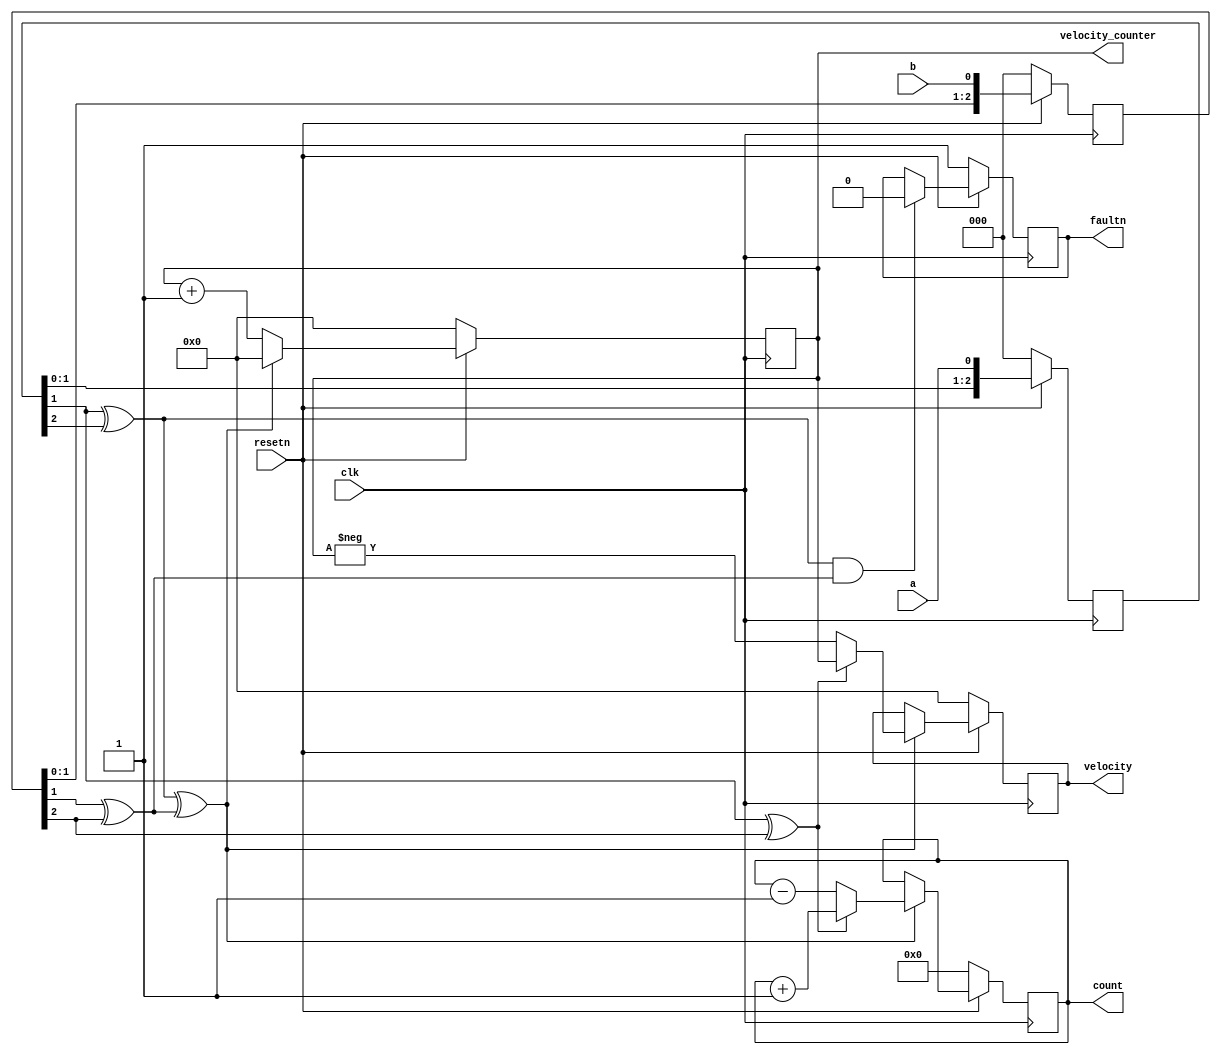
module quad_enc #(
    parameter encbits = 64,
    parameter enable_velocity = 1,
    parameter velocity_bits = 32
  )(
  input wire resetn,
  input wire  clk,
  input wire  a,
  input wire  b,
  output reg faultn,
  output reg signed [encbits-1:0] count,
  output reg signed [velocity_bits-1:0] velocity,
  output reg signed [velocity_bits-1:0] velocity_counter
  //input [7:0] multiplier
  );

//  wire faultn;

  reg [2:0] a_stable, b_stable, i_stable;  //Hold sample before compare for stability

  wire step_a = a_stable[1] ^ a_stable[2];  //Step if a changed
  wire step_b = b_stable[1] ^ b_stable[2];  //Step if b changed
  wire step = step_a ^ step_b;  //Step if a xor b stepped
  wire direction = a_stable[1] ^ b_stable[2];  //Direction determined by comparing current sample to last

  always @(posedge clk) begin
    if (!resetn) begin
      count <= 0;  //reset count
      velocity <= 0;
      velocity_counter <= 0;

      faultn <= 1'b1; //reset faultn
      a_stable <= 3'b0;
      b_stable <= 3'b0;
    end
    else begin
      a_stable <= {a_stable[1:0], a};  //Shift new a in. Last 2 samples shift to bits 2 and 1
      b_stable <= {b_stable[1:0], b};  //Shift new b in
      velocity_counter <= velocity_counter + 1'b1;

      if (step_a & step_b)  //We do not know direction if both inputs triggered on single clock
        faultn <= 0;
      if (step) begin
        if (direction) begin
          count <= count + 1'b1;
          velocity <= velocity_counter;
        end
        else begin
          count <= count - 1'b1;
          velocity <= -velocity_counter;
        end
        velocity_counter <= 0;
      end
    end
  end
endmodule